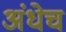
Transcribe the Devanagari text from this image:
अंधेच